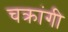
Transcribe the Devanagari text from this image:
चक्रांगी